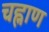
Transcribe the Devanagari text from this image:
चह्नाण